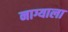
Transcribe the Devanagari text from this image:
नाग्याला